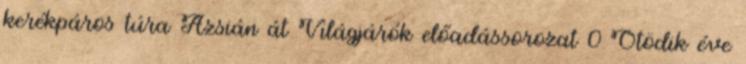
kerékpáros túra Ázsián át Világjárók előadássorozat 0 Ötödik éve